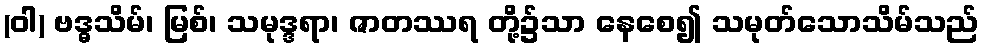
(ဝါ) ဗဒ္ဓသိမ်၊ မြစ်၊ သမုဒ္ဒရာ၊ ဇာတဿရ တို့၌သာ နေစေ၍ သမုတ်သောသိမ်သည်